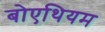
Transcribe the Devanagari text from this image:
बोएथियम